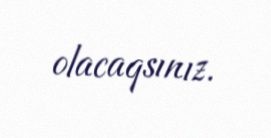
olacaqsınız.